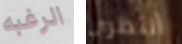
الرغبه أنتظري